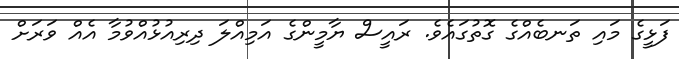
ފަޅީގެ މައި ތަނބެއްގެ ގޮތުގައެވެ. ރައީސް ޔާމީންގެ އަމިއްލަ ދިރިއުޅުއްވުމާ އެއް ވަރަށް